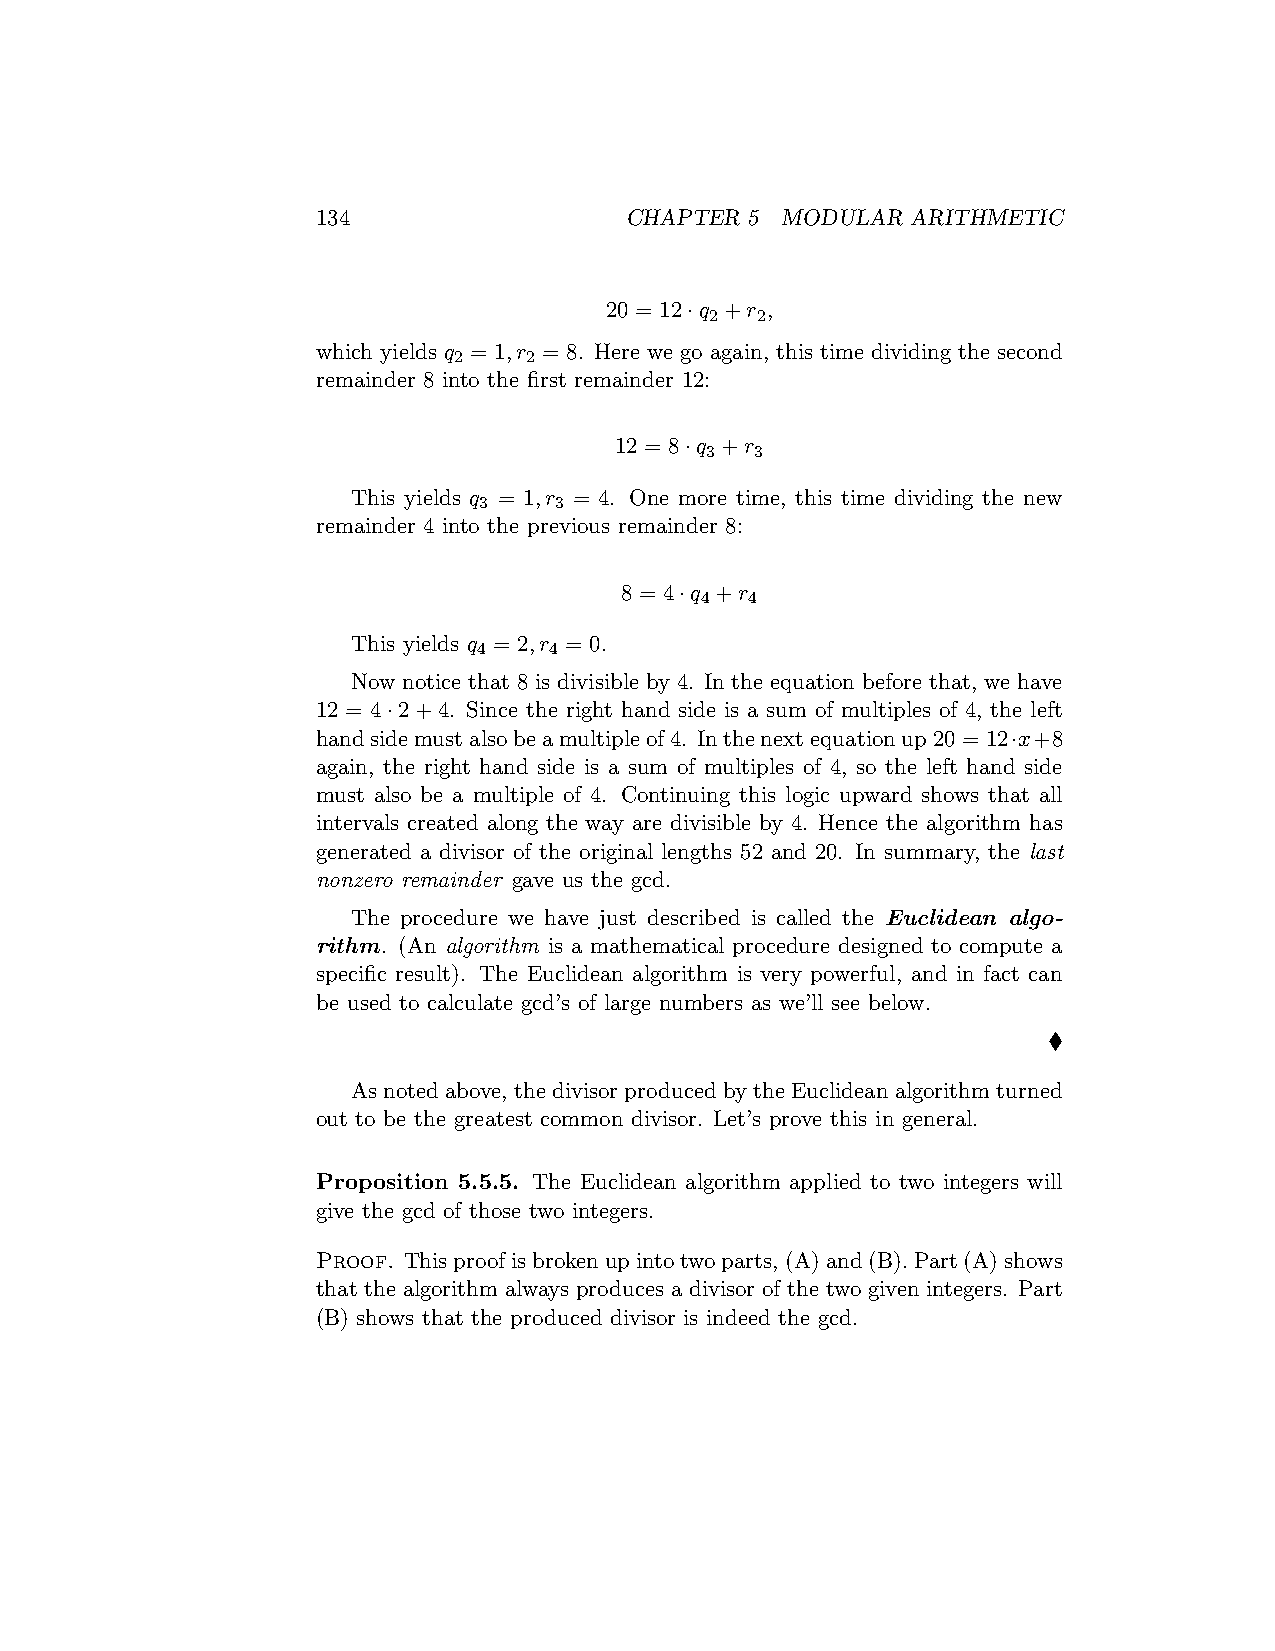
134                 CHAPTER  5 MODULAR ARITHMETIC
 20 = 12·q +r ,
 2  2
 which yields q = 1,r = 8. Here we go again, this time dividing the second
 2    2
 remainder 8 into the first remainder 12:
 12 = 8·q +r
 3  3
 This yields q = 1,r = 4. One more time, this time dividing the new
 3    3
 remainder 4 into the previous remainder 8:
 8 = 4·q +r
 4   4
 This yields q = 2,r = 0.
 4   4
 Now notice that 8 is divisible by 4. In the equation before that, we have
 12 = 4·2+4. Since the right hand side is a sum of multiples of 4, the left
 handsidemustalsobeamultipleof4. Inthenextequationup20 = 12·x+8
 again, the right hand side is a sum of multiples of 4, so the left hand side
 must also be a multiple of 4. Continuing this logic upward shows that all
 intervals created along the way are divisible by 4. Hence the algorithm has
 generated a divisor of the original lengths 52 and 20. In summary, the last
 nonzero remainder gave us the gcd.
 The procedure we have just described is called the Euclidean algo-
 rithm. (An algorithm is a mathematical procedure designed to compute a
 specific result). The Euclidean algorithm is very powerful, and in fact can
 be used to calculate gcd’s of large numbers as we’ll see below.
 ♦
 As noted above, the divisor produced by theEuclidean algorithm turned
 out to be the greatest common divisor. Let’s prove this in general.
 Proposition 5.5.5. The Euclidean algorithm applied to two integers will
 give the gcd of those two integers.
 Proof. Thisproofisbrokenupintotwoparts,(A)and(B).Part(A)shows
 that the algorithm always produces a divisor of the two given integers. Part
 (B) shows that the produced divisor is indeed the gcd.